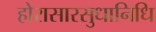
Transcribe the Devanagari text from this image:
होरासारसुधानिधि